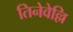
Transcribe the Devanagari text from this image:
तिनेवेल्लि